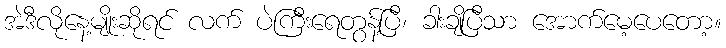
အဲဒီလိုနေ့မျိုးဆိုရင် လက် ပဲကြီးရေတွန့်ပြီ၊ ခါးချိပြီသာ အောက်မေ့ပေတော့။